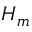
H _ { m }